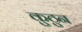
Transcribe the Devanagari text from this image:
कुठुन